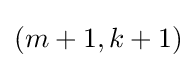
(m+1,k+1)